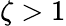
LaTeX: \zeta>1